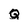
Character: Q